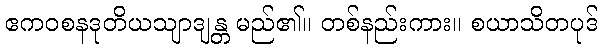
ဧကဝစနဒုတိယသျာဒျန္တ မည်၏။ တစ်နည်းကား။ စယာသိတပုဒ်